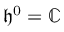
\mathfrak { h } ^ { 0 } = \mathbb { C }